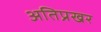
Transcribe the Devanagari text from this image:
अतिप्रखर